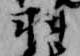
羽